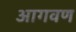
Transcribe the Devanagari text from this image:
आगवण